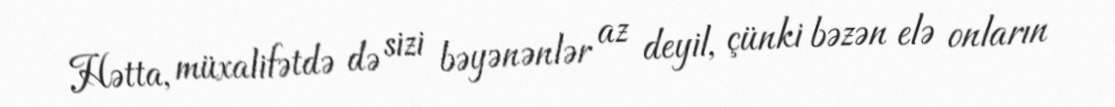
Hətta, müxalifətdə də sizi bəyənənlər az deyil, çünki bəzən elə onların